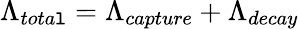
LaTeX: \Lambda_{tota\mathtt{l}}=\Lambda_{capture}+\Lambda_{decay}